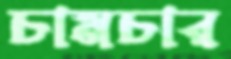
চামচার